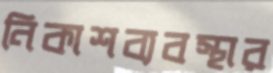
নিকাশব্যবস্থার